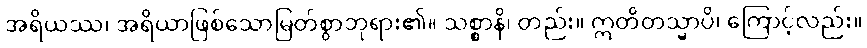
အရိယဿ၊ အရိယာဖြစ်သောမြတ်စွာဘုရား၏။ သစ္စာနိ၊ တည်း။ ဣတိတသ္မာပိ၊ ကြောင့်လည်း။